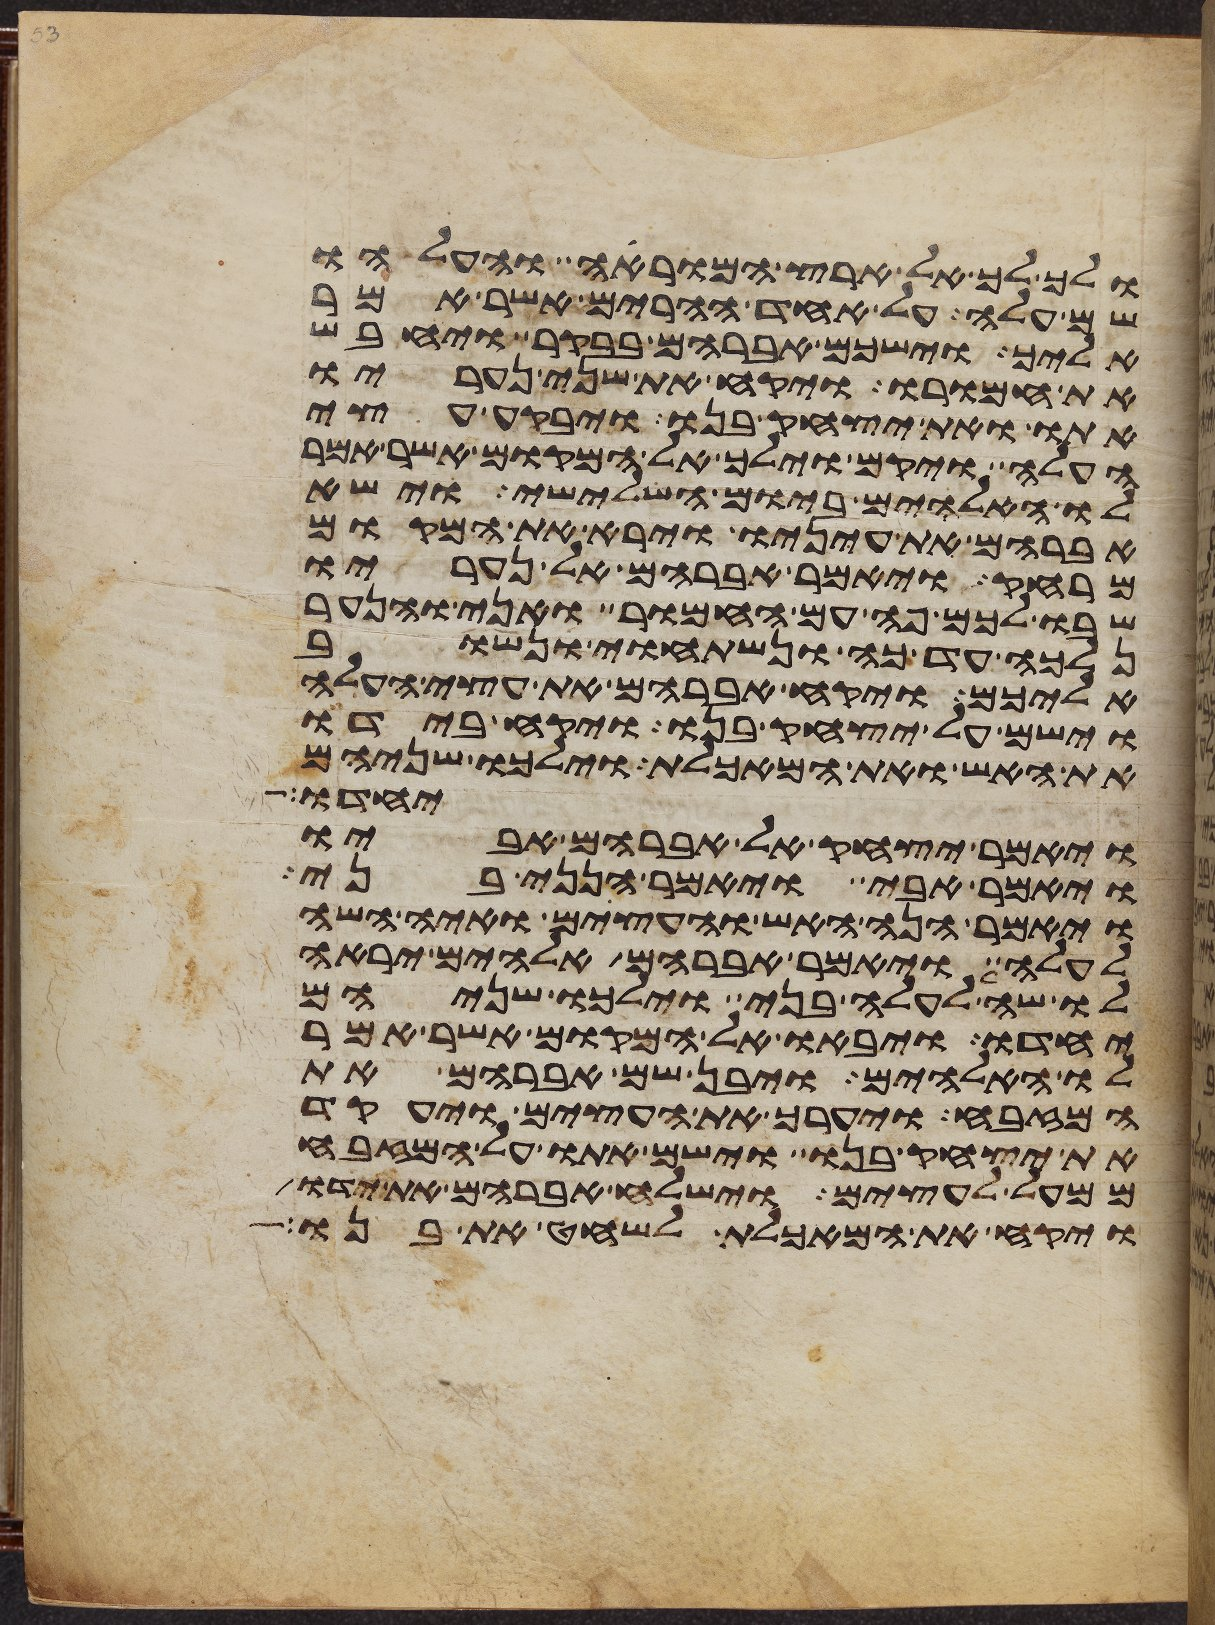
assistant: ולך לך אל ארץ המוראה והעלהו
שם עלה על אחד ההרים אשר אמר
אליך וישכם אברהם בבקר ויחבש
את חמורו ויקח את שני נעריו
אתו ואת יצחק בנו ויבקע עצי
העלה ויקם וילך אל המקום אשר אמר
לו האלהים ביום השלישי וישא
אברהם את עיניו וירא את המקום
מרחק ויאמר אברהם אל נעריו
שבו לכם פה עם החמור ואני והנער
נלכה עד כה ונשתחוי ונשוב
אליכם ויקח אברהם את עצי העלה
וישם על יצחק בנו ויקח בידו
את האש ואת המאכלת וילכו שניהם
יחדו
ויאמר יצחק אל אברהם אביו
ויאמר אבי ויאמר הנני בני
ויאמר הנה האש והעצים ואיה השה
לעלה ויאמר אברהם אלהים יראה
לו שה לעלה בני וילכו שניהם
יחדו ויבאו אל המקום אשר אמר
לו האלהים ויבן שם אברהם את
המזבח ויערך את העצים ויעקד
את יצחק בנו וישם אתו על המזבח
ממעל לעצים וישלח אברהם את ידו
ויקח את המאכלת לשחט את בנו